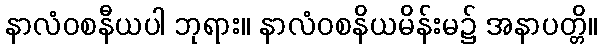
နာလံဝစနီယပါ ဘုရား။ နာလံဝစနိယမိန်းမ၌ အနာပတ္တိ။